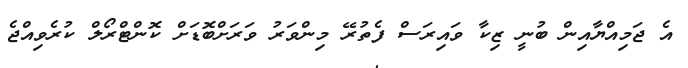
އެ ޖަމިއްޔާއިން ބުނީ ޒިކާ ވައިރަސް ފެތުރޭ މިންވަރު ވަރަށްބޮޑަށް ކޮންޓްރޯލް ކުރެވިއްޖެ